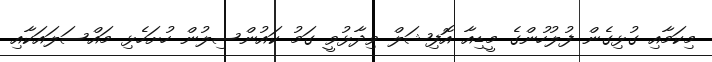
މިކަމާއި ގުޅިގެން ފުލުހުންގެ މީޑިއާ އޮފިޝަލް ވިދާޅުވީ ގަމު ކައުންސިލުން ހުށަހެޅި މައްސަލައަކާއި